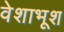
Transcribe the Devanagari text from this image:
वेशाभूश